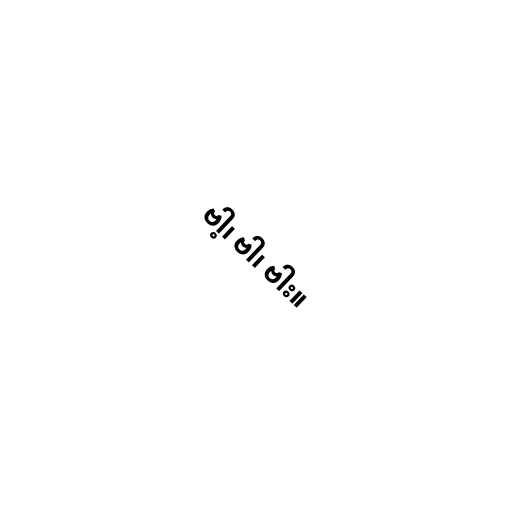
ဗါ့၊ ဗါ၊ ဗါး။